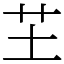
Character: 芏